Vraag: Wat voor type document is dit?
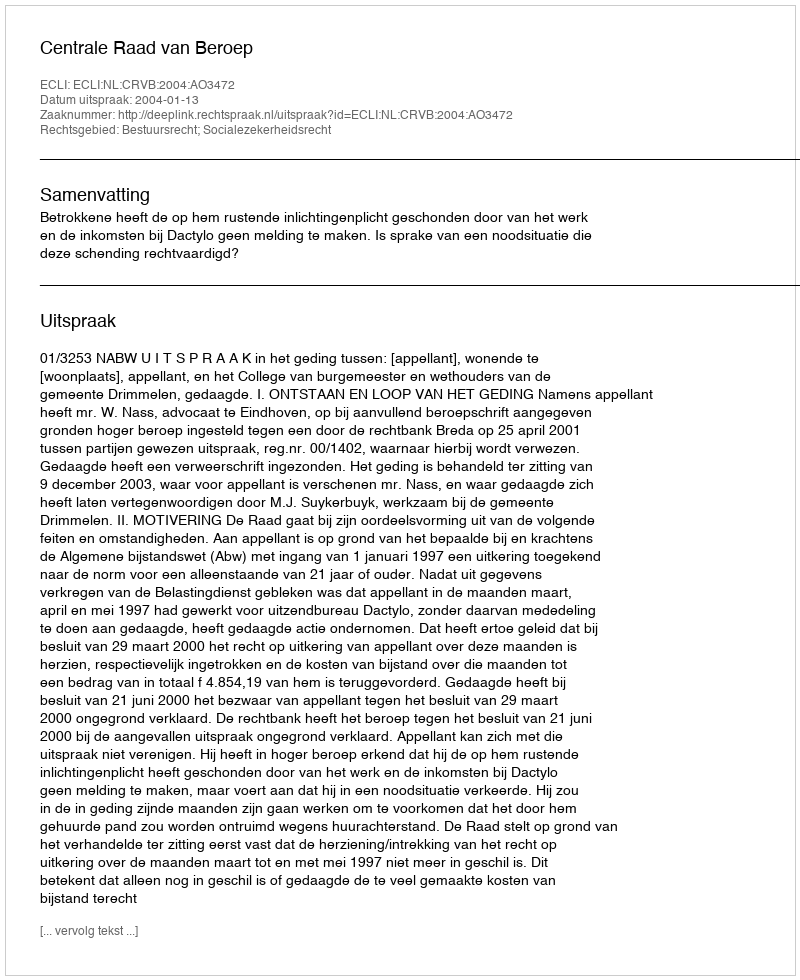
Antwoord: Uitspraak